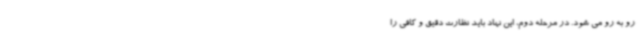
رو به رو می شود. در مرحله دوم، این نهاد باید نظارت دقیق و کافی را